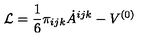
{ \cal L } = \frac { 1 } { 6 } \pi _ { i j k } \dot { A } ^ { i j k } - V ^ { ( 0 ) }